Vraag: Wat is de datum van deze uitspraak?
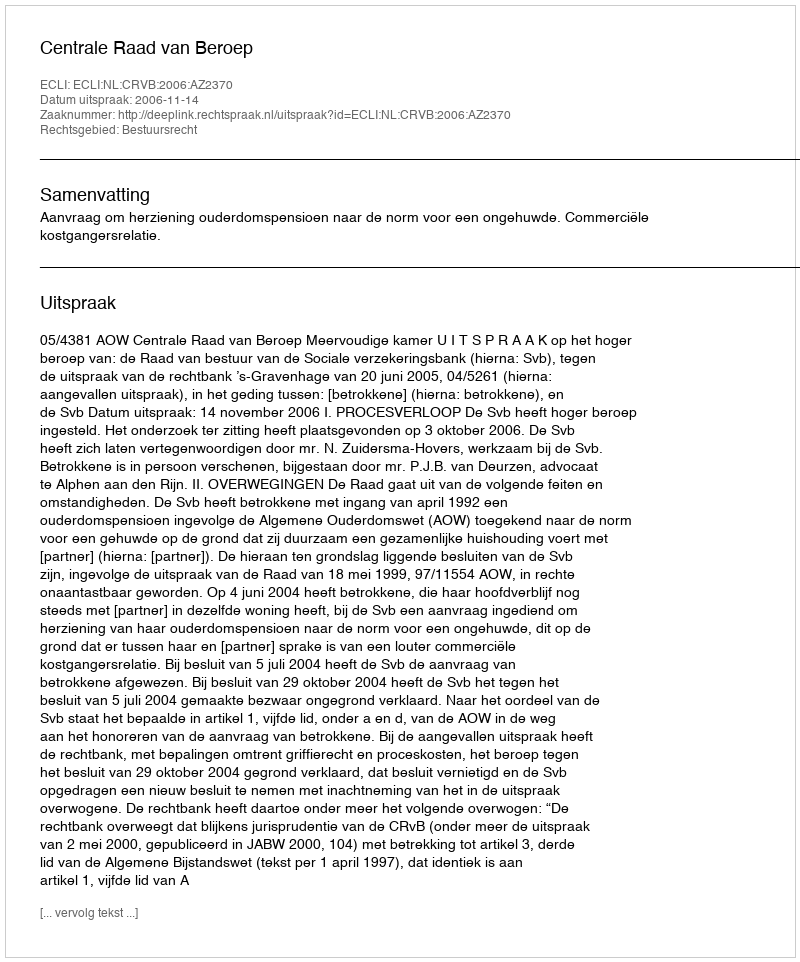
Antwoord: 2006-11-14